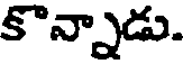
కొన్నాడు.